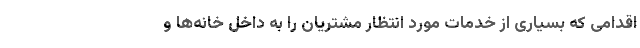
اقدامی که بسیاری از خدمات مورد انتظار مشتریان را به داخل خانه‌ها و